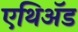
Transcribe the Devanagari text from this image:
एथिॲड